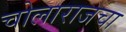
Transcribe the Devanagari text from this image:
चोलाराजचा